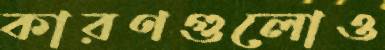
কারণগুলোও